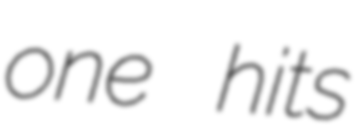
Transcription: one hits